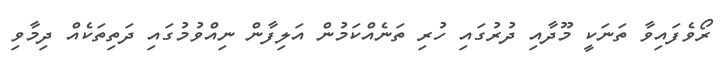
ރޯވެފައިވާ ތަނަކީ މޫދާއި ދުރުގައި ހުރި ތަނެއްކަމުން އަލިފާން ނިއްވުމުގައި ދަތިތަކެއް ދިމާވި